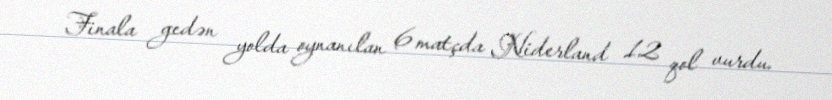
Finala gedən yolda oynanılan 6 matçda Niderland 12 qol vurdu.